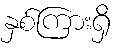
နှစ်ကြားရှိ